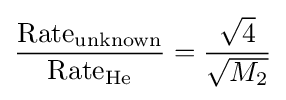
{\frac {\mathrm {Rate} _{\mathrm {unknown} }}{\mathrm {Rate} _{\mathrm {He} }}}={\frac {\sqrt {4}}{\sqrt {M_{2}}}}